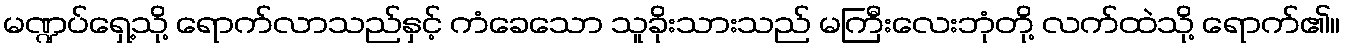
မဏ္ဍပ်ရှေ့သို့ ရောက်လာသည်နှင့် ကံခေသော သူခိုးသားသည် မကြီးလေးဘုံတို့ လက်ထဲသို့ ရောက်၏။